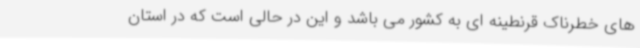
های خطرناک قرنطینه ای به کشور می باشد و این در حالی است که در استان